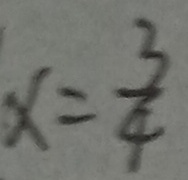
x = \frac { 3 } { 4 }